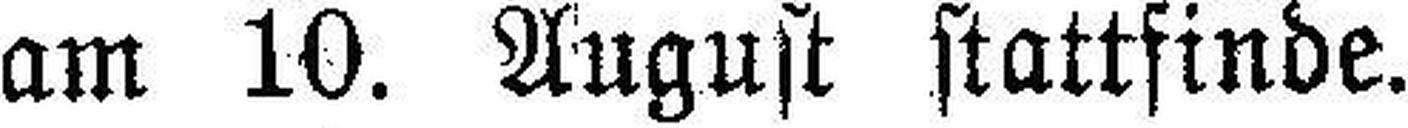
am 10. August stattfinde.